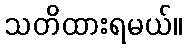
သတိထားရမယ်။